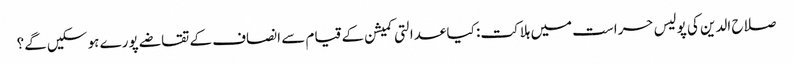
صلاح الدین کی پولیس حراست میں ہلاکت: کیا عدالتی کمیشن کے قیام سے انصاف کے تقاضے پورے ہو سکیں گے؟